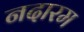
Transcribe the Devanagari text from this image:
नदारम